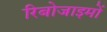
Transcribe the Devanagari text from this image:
रिबोजाइमों